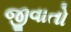
જીવાતો